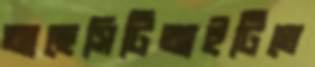
আছেসিটিআইটিতে